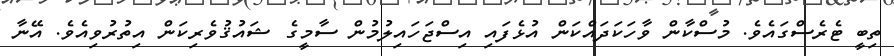
ތިބީ ޓެރެސްގައެވެ. މުސްކާން ވާހަކަދައްކަން އުޅެފައި އިސްޖަހައިލުމުން ސާމީގެ ޝައުޤުވެރިކަން އިތުރުވިއެވެ. އޭނާ